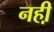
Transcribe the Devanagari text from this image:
नही़